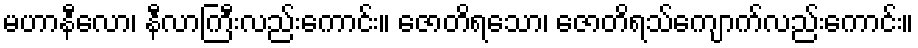
မဟာနီလော၊ နီလာကြီးလည်းကောင်း။ ဇောတိရသော၊ ဇောတိရသ်ကျောက်လည်းကောင်း။